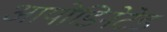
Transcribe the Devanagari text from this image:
आयोडिनेटेड